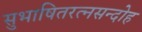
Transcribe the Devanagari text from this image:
सुभाषितरत्नसन्दोह